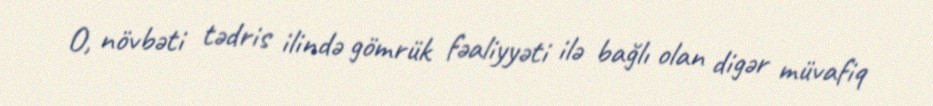
O, növbəti tədris ilində gömrük fəaliyyəti ilə bağlı olan digər müvafiq